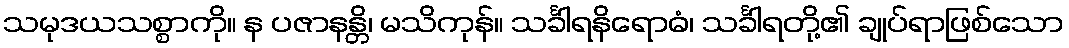
သမုဒယသစ္စာကို။ န ပဇာနန္တိ၊ မသိကုန်။ သင်္ခါရနိရောဓံ၊ သင်္ခါရတို့၏ ချုပ်ရာဖြစ်သော